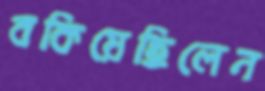
বকিয়েছিলেন